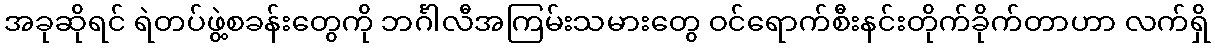
အခုဆိုရင် ရဲတပ်ဖွဲ့စခန်းတွေကို ဘင်္ဂါလီအကြမ်းသမားတွေ ဝင်ရောက်စီးနင်းတိုက်ခိုက်တာဟာ လက်ရှိ